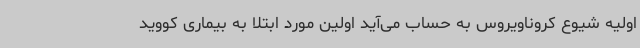
اولیه شیوع کروناویروس به حساب می‌آید اولین مورد ابتلا به بیماری کووید